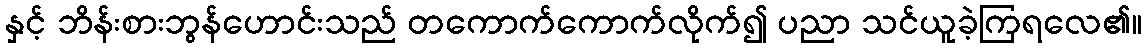
နှင့် ဘိန်းစားဘွန်ဟောင်းသည် တကောက်ကောက်လိုက်၍ ပညာ သင်ယူခဲ့ကြရလေ၏။